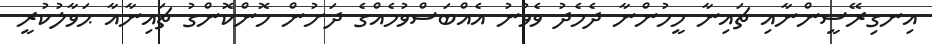
އިނގިރޭސީންނާއި ޗައިނާ މީހުންނާ ދެމެދު ވެވުނު އެއްބަސްވުމެއްގެ ދަށުން ހޮންކޮންގު ޗައިިނާއާ ޙަވާލުކުރީ